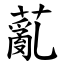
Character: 薍